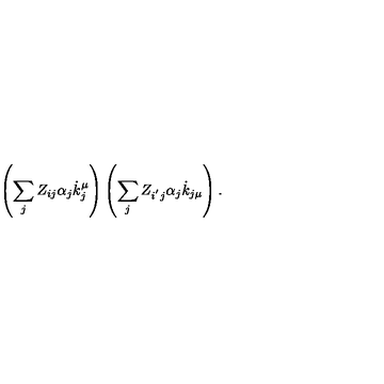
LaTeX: \left( \sum _ { j } Z _ { i j } \alpha _ { j } \dot { k } _ { j } ^ { \mu } \right) \left( \sum _ { j } Z _ { i ^ { ^ { \prime } } j } \alpha _ { j } \dot { k } _ { j \mu } \right) .